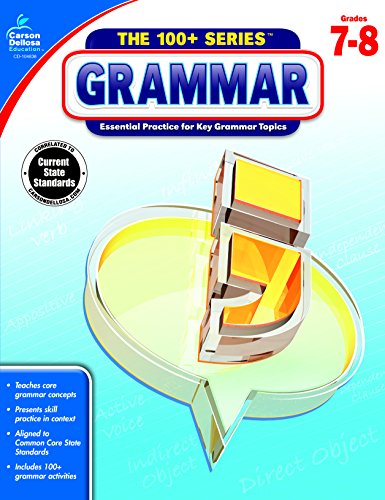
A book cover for Grammar, Grades 7 - 8 (The 100+ Series(TM)); Christine Schwab; Reference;